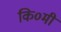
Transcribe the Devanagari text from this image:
कि०मी